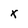
Character: X